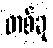
တစ်ခု